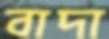
বাদা